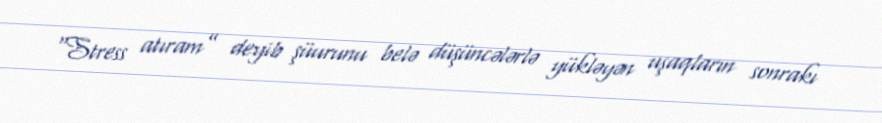
“Stress atıram” deyib şüurunu belə düşüncələrlə yükləyən uşaqların sonrakı